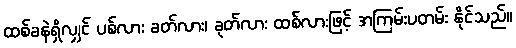
ထစ်ခနဲရှိလျှင် ပစ်လား ခတ်လား၊ ခုတ်လား ထစ်လားဖြင့် အကြမ်းပတမ်း နိုင်သည်။